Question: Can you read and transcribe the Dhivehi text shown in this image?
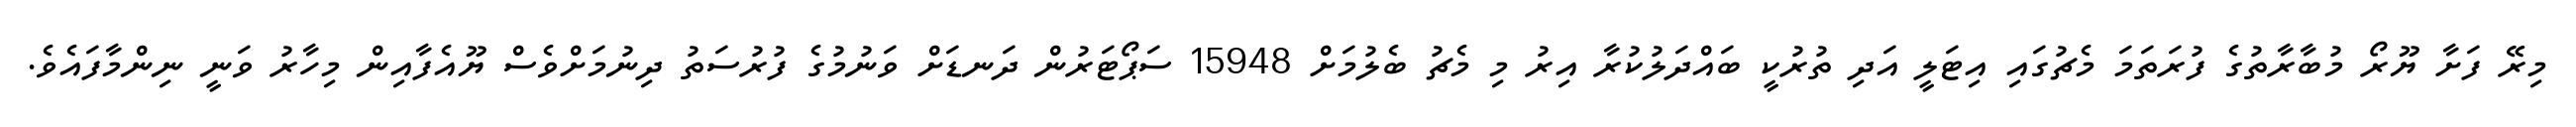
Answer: މިރޭ ފަށާ ޔޫރޯ މުބާރާތުގެ ފުރަތަމަ މެޗުގައި އިޓަލީ އަދި ތުރުކީ ބައްދަލުކުރާ އިރު މި މެޗު ބެލުމަށް 15948 ސަޕޯޓަރުން ދަނޑަށް ވަނުމުގެ ފުރުސަތު ދިނުމަށްވެސް ޔޫއެފާއިން މިހާރު ވަނީ ނިންމާފައެވެ.